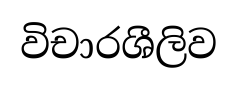
විචාරශීලිව